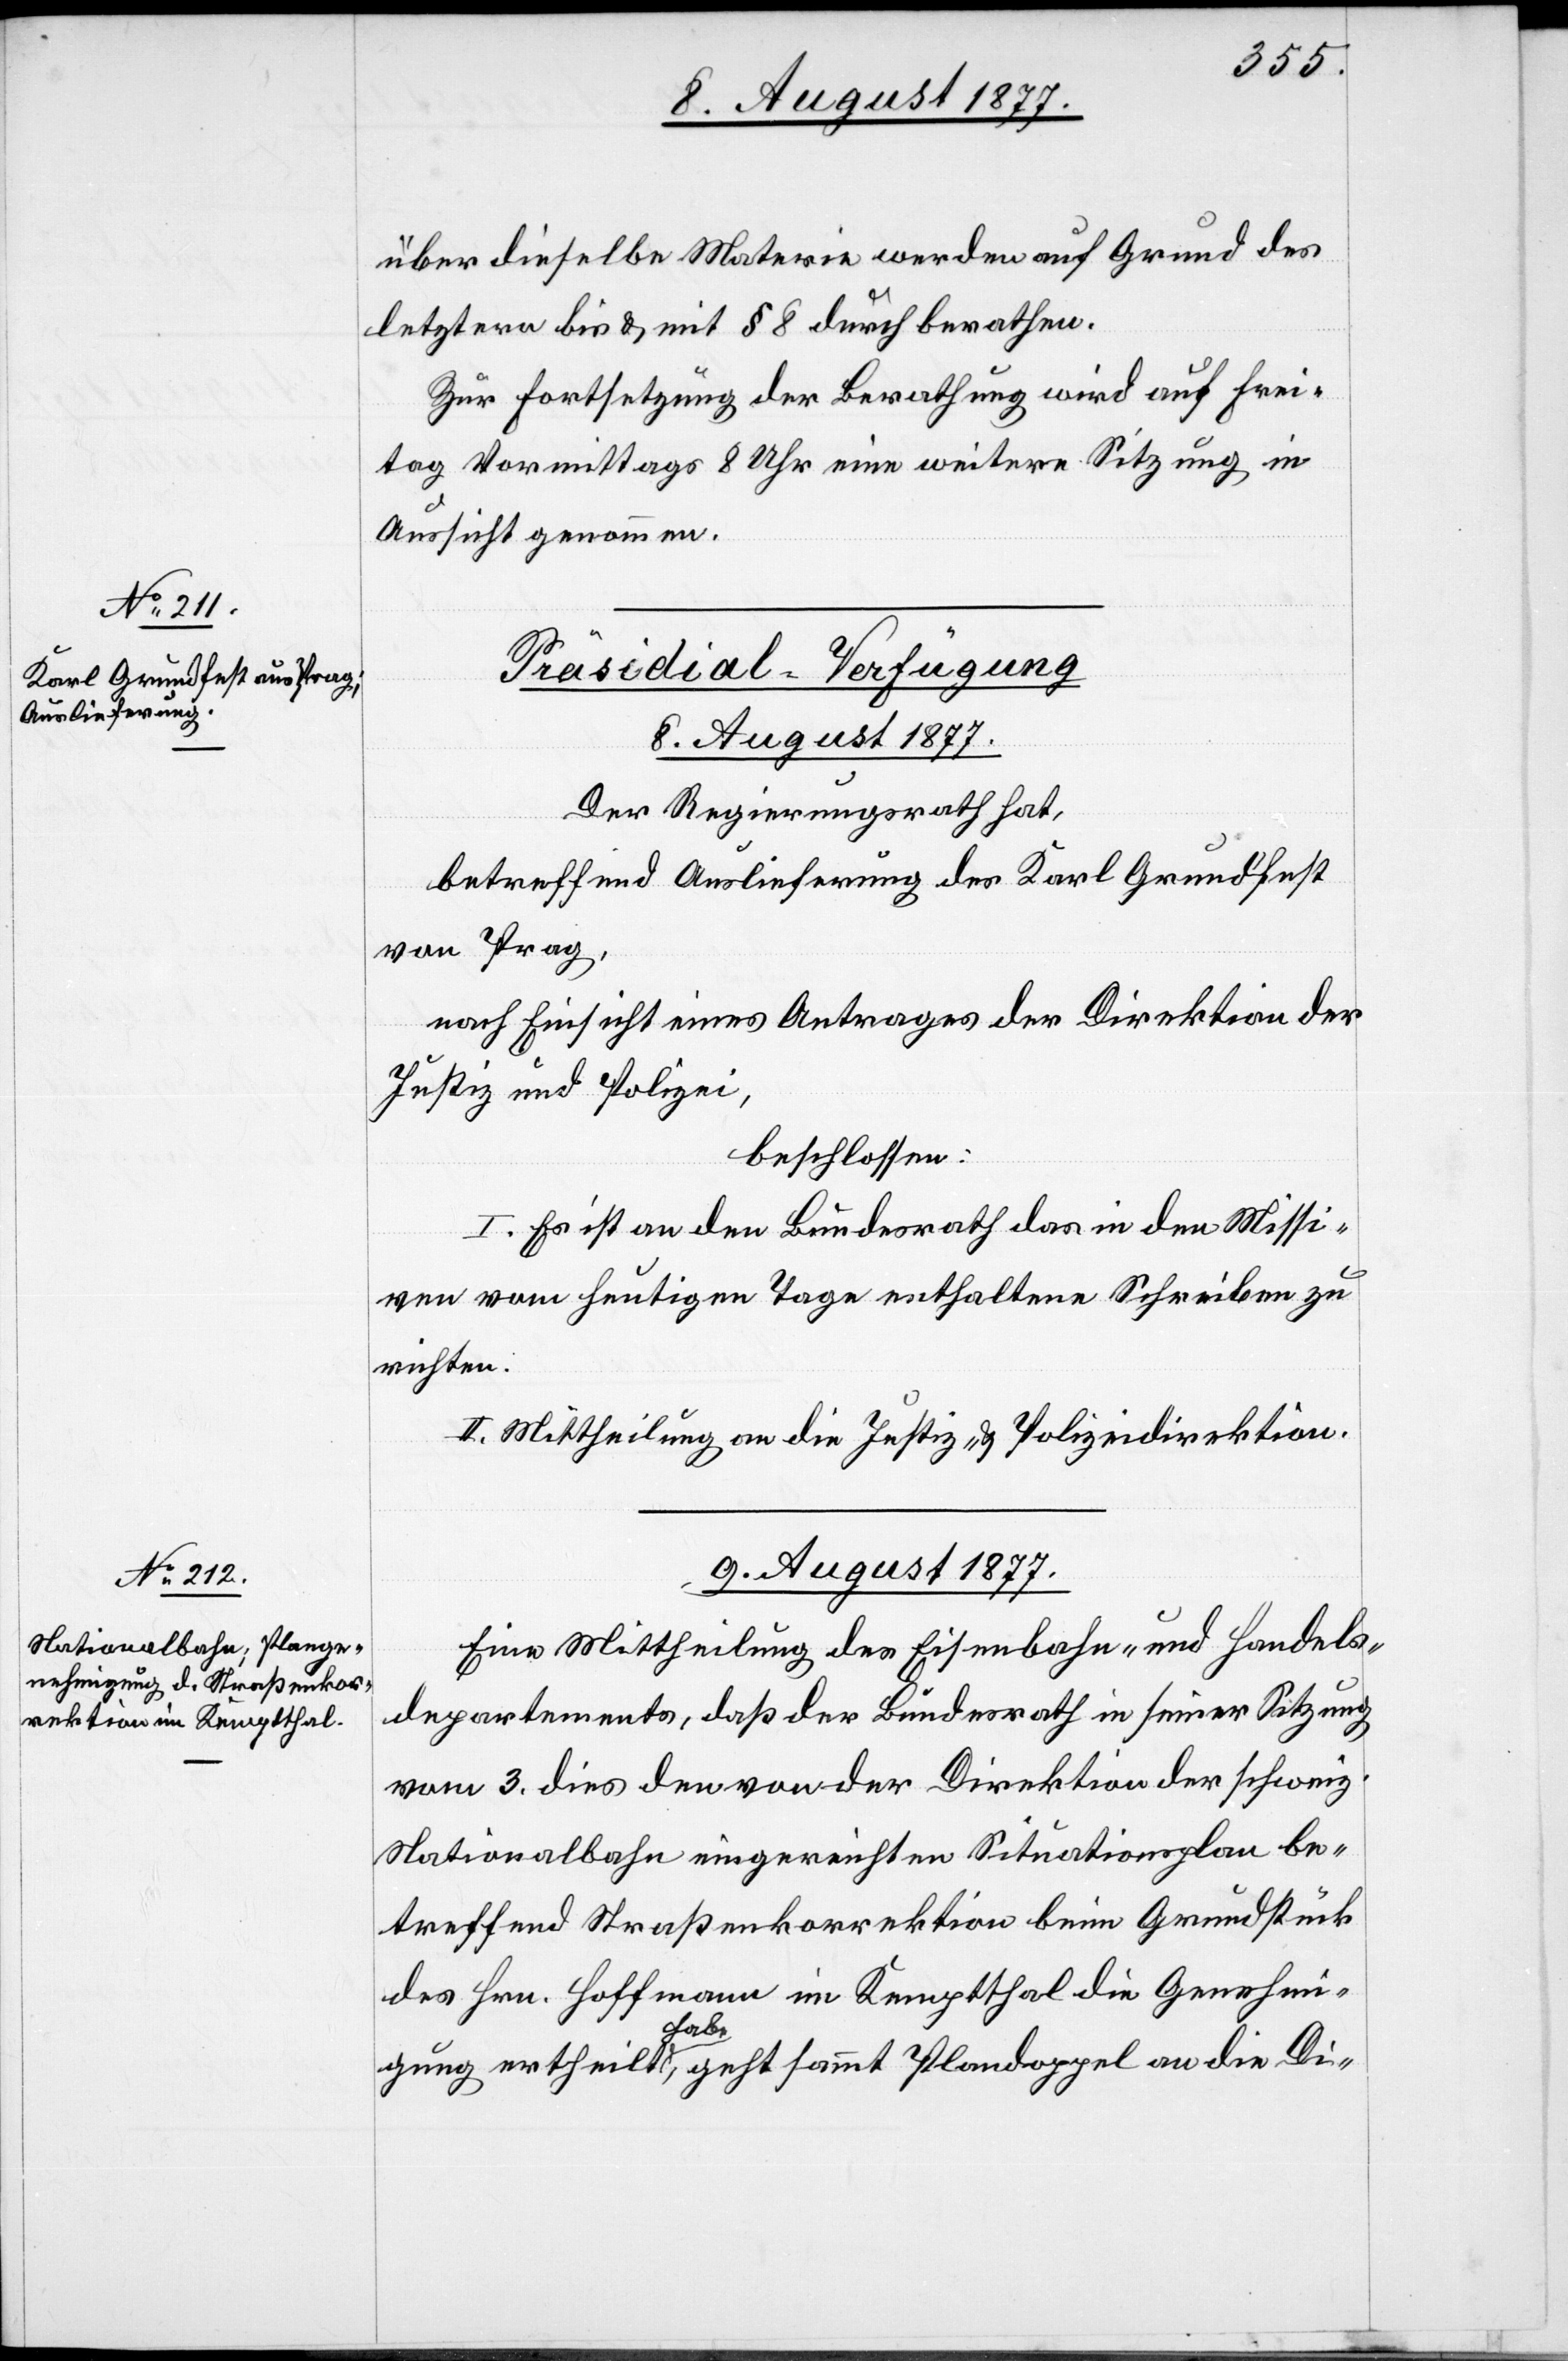
über dieselbe Materie werden auf Grund des
letztern bis & mit § 8 durchberathen.*
Zur Fortsetzung der Berathung wird auf Frei¬
tag Vormittags 8 Uhr eine weitere Sitzung in
Aussicht genommen.
[Präsidial-Verfügung]
Der Regierungsrath hat,
betreffend Auslieferung des Karl Grundfest
von Prag,
nach Einsicht eines Antrages der Direktion der
Justiz und Polizei,
beschlossen:
I. Es ist an den Bundesrath das in den Missi¬
ven vom heutigen Tage enthaltene Schreiben zu
richten.
II. Mittheilung an die Justiz- & Polizeidirektion.
9. August 1877.
Eine Mittheilung des Eisenbahn- und Handels¬
departements, daß der Bundesrath in seiner Sitzung
Nationalbahn eingereichten Situationsplan be¬
treffend Straßenkorrektion beim Grundstück
des Hrn. Hoffmann im Kemptthal die Genehmi¬
schweiz.
gung ertheilt habe, geht sammt Plandoppel an die Di-